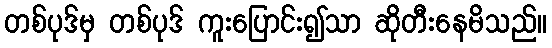
တစ်ပုဒ်မှ တစ်ပုဒ် ကူးပြောင်း၍သာ ဆိုတီးနေမိသည်။